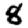
Digit: 8